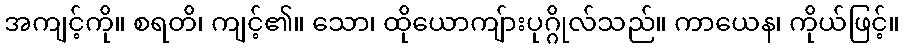
အကျင့်ကို။ စရတိ၊ ကျင့်၏။ သော၊ ထိုယောကျ်ားပုဂ္ဂိုလ်သည်။ ကာယေန၊ ကိုယ်ဖြင့်။